Jaan_Tonisson_(Lasteleht), lk 65
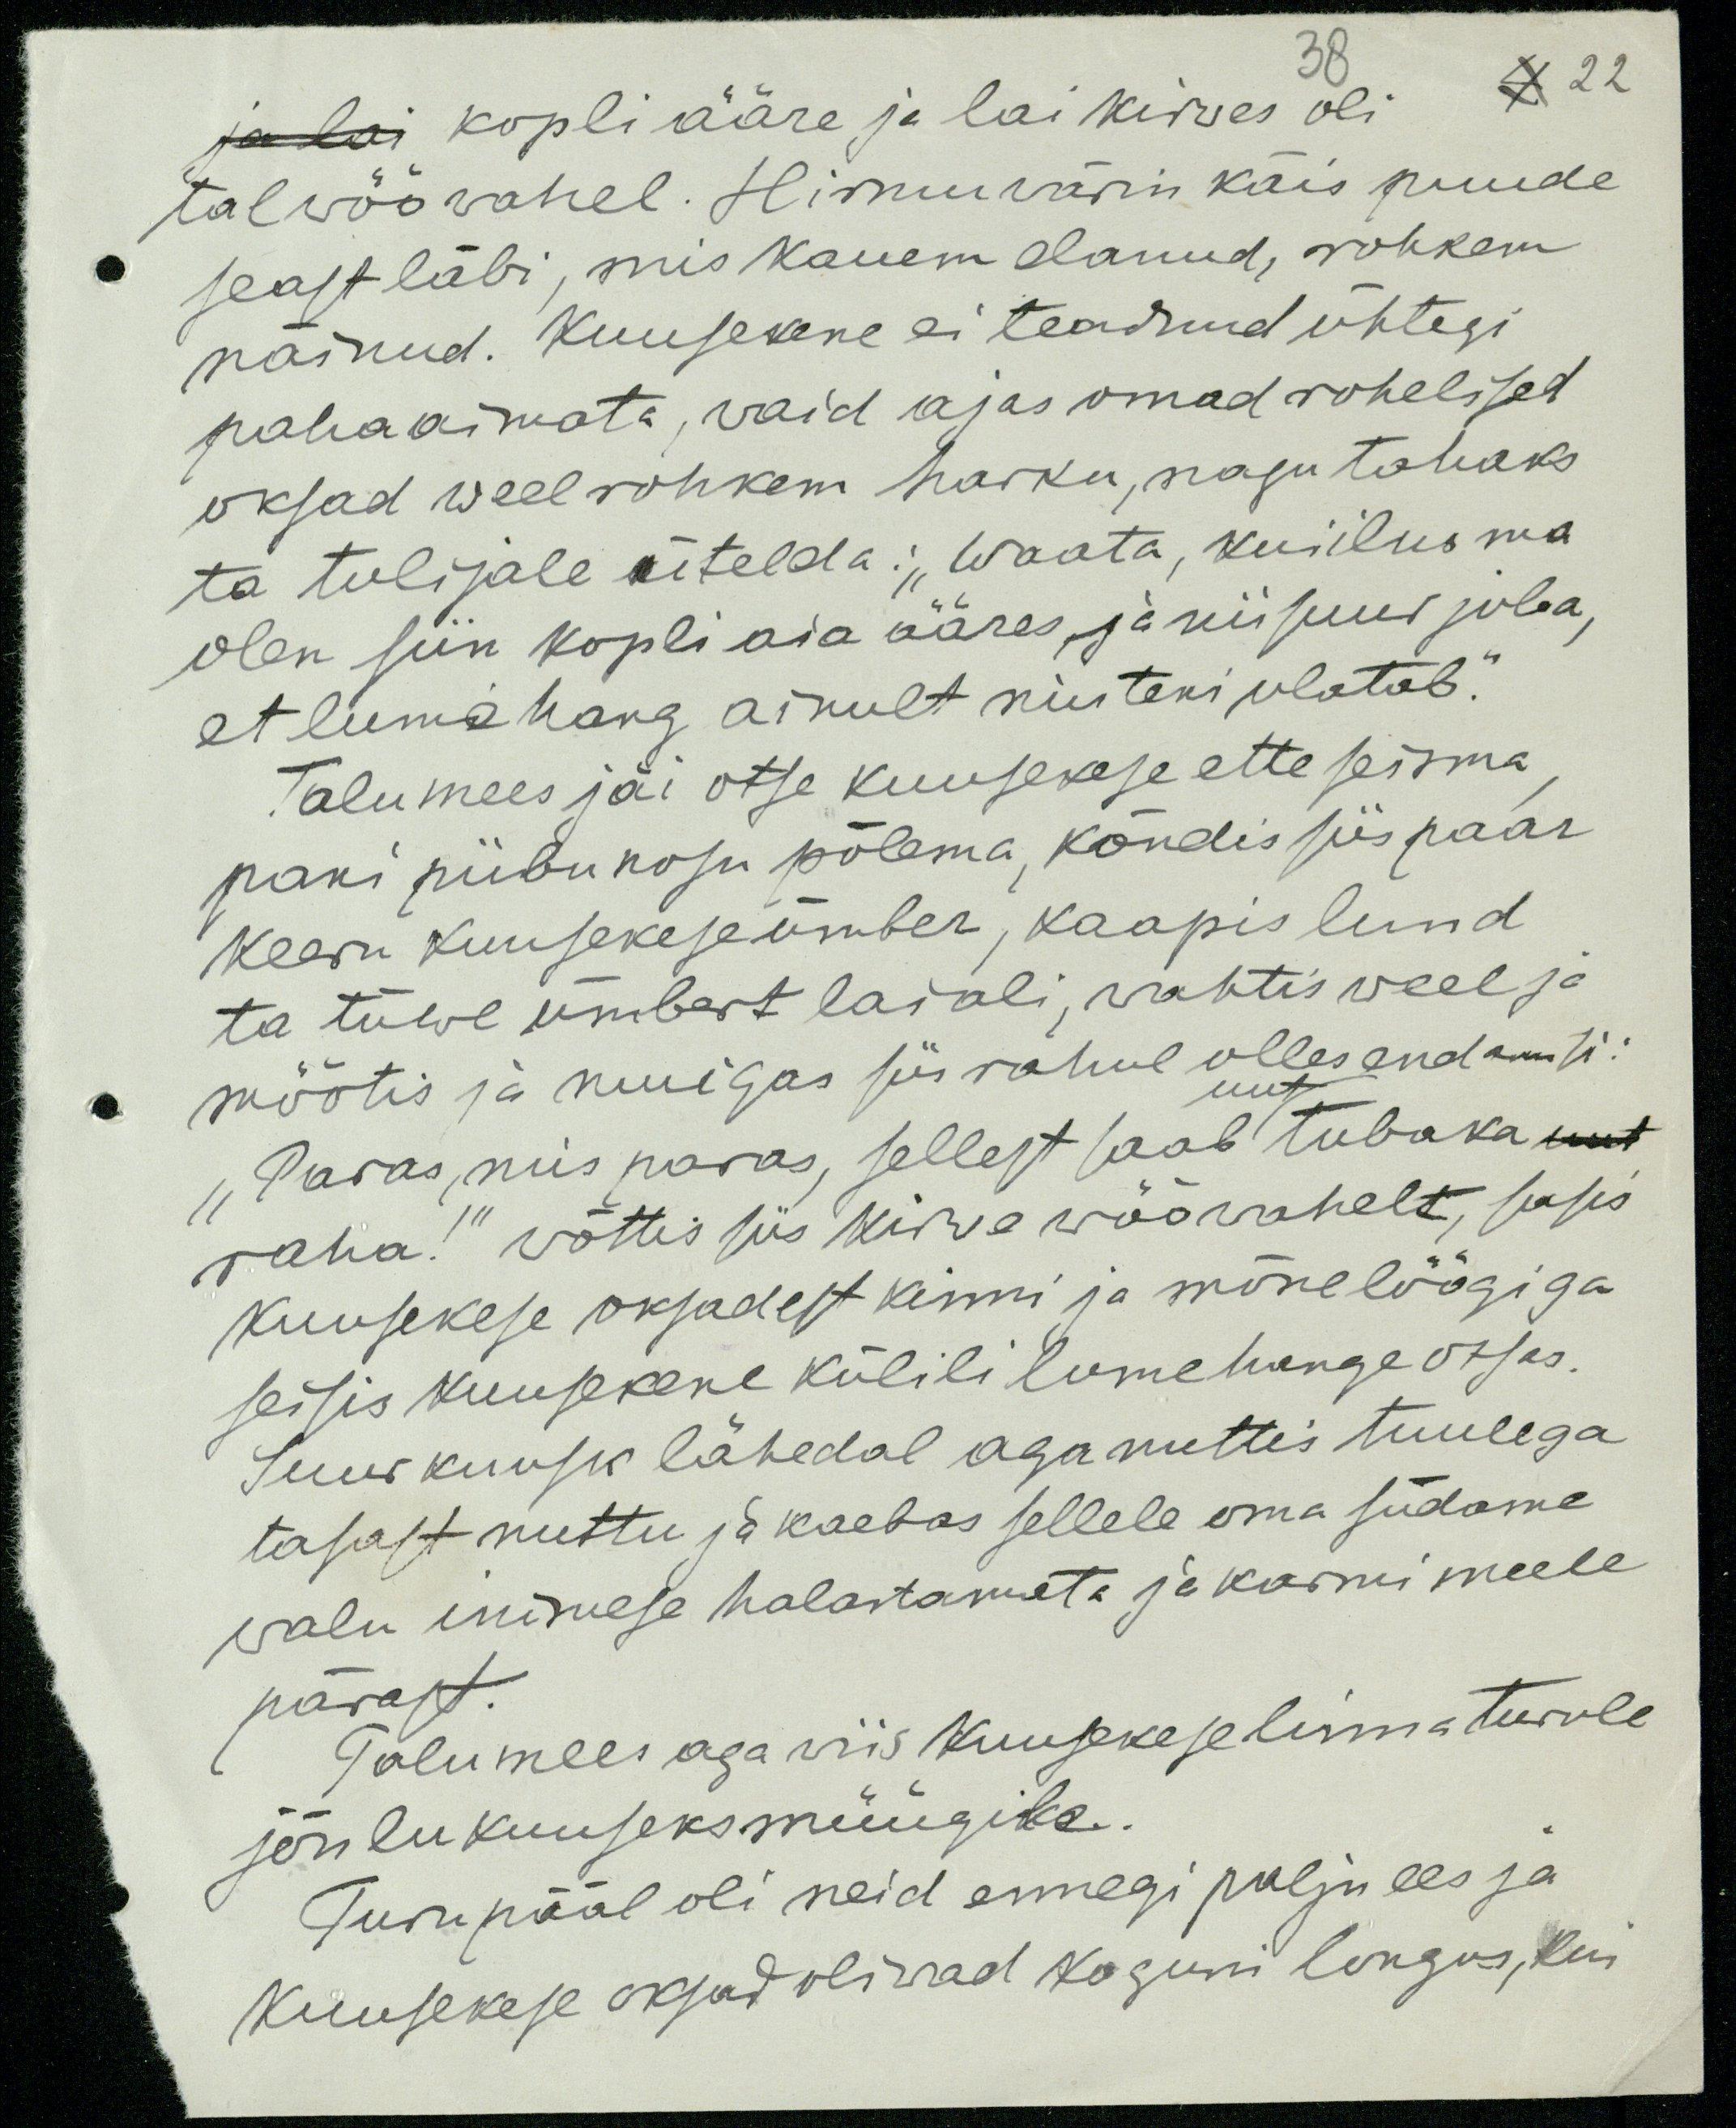
38
22
ja lai kopli ääre ja lai kirwes oli
tal wöö wahel. Hirmuwärin käis puude
seast läbi, mis kauem elanud, rohkem
näinud. Kuusekene ei teadnud ühtegi
paha aimata, waid ajas omad rohelised
oksad weel rohkem harku, nagu tahaks
ta tulijale ütelda: "Waata, kui ilus ma
olen siin kopli aia ääres ja nii suur juba,
et lume hang ainult niuteni ulatab."
Talumees jäi otse kuusekese ette seisma
pani piibu nosu põlema, kõndis siis paar
keeru kuusekese ümber, kaapis lund
ta tüwe ümbert laiali, wahtis weel ja
mõõtis ja muigas siis rahul olles endamisi.
uut
"Paras, mis paras, sellest saab tubaka uut
raha!" wõttis siis kirwe wöö wahelt, sasis
kuusekese oksadest kinni ja mõne löögiga
seisis kuusekene külili lumehange otsas.
Suur kuusk lähedal aga nuttis tuulega
tasast nuttu ja kaebas sellele oma südame
walu inimese halastamata ja karmi meele
pärast.
Talumees aga wiis kuusekese linnaturule
jõulukuuseks müügiks.
Turu pääl oli neid ennegi palju ees ja
Kuusekese oksad oliwad koguni longus, kui